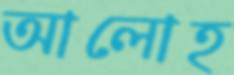
আলোহ